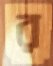
র